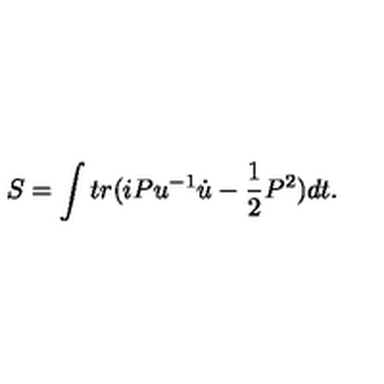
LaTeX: S = \int t r ( i P u ^ { - 1 } \dot { u } - \frac { 1 } { 2 } P ^ { 2 } ) d t .